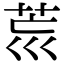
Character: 𦮋